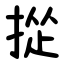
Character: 㧿